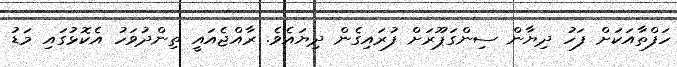
ހަފްތާއަކަށް ފަހު ދިޔާން ސިންގަޕޫރަށް ފުރައިގެން ދިޔައެވެ. ރާއްޖެއައީ ތިންދުވަހު އެކޮޅުގައި މަޑު